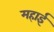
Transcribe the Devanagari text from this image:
महाई